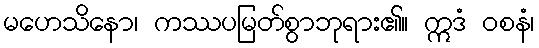
မဟေသိနော၊ ကဿပမြတ်စွာဘုရား၏။ ဣဒံ ဝစနံ၊